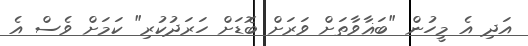
އަދި އެ މީހުން "ބަޣާވާތަށް ވަރަށް ބޮޑަށް ހަރަދުކުރި" ކަމަށް ވެސް އެ